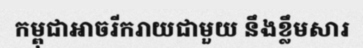
កម្ពុជាអាចរីករាយជាមួយ នឹងខ្លឹមសារ